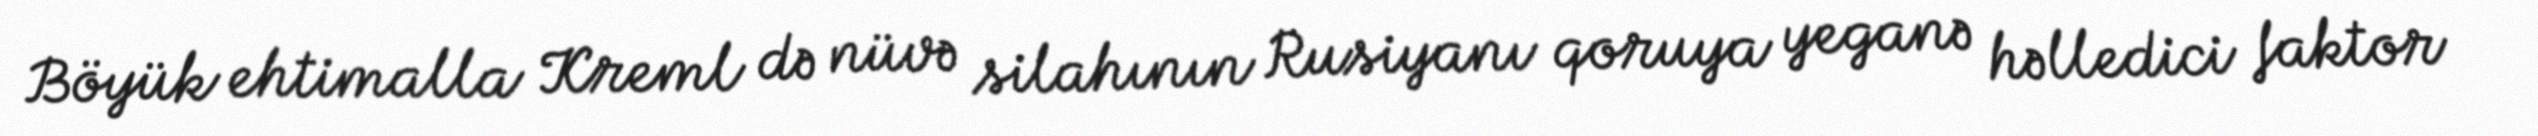
Böyük ehtimalla Kreml də nüvə silahının Rusiyanı qoruya yeganə həlledici faktor